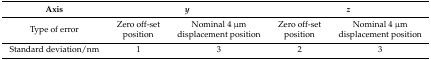
<table><thead><tr><td><b>Axis</b></td><td colspan="2"><b><i>y</i></b></td><td colspan="2"><b><i>z</i></b></td></tr></thead><tbody><tr><td>Type of error</td><td>Zero off-set position</td><td>Nominal 4 μm displacement position</td><td>Zero off-set position</td><td>Nominal 4 μm displacement position</td></tr><tr><td>Standard deviation/nm</td><td>1</td><td>3</td><td>2</td><td>3</td></tr></tbody></table>